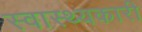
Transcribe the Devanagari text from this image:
स्वास्थ्यकारी